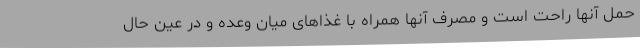
حمل آنها راحت است و مصرف آنها همراه با غذاهای میان وعده و در عین حال